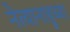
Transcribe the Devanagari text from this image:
नेत्यानाहूच्या